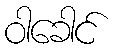
ဝါခေါင်